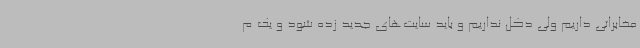
مخابراتی داریم ولی دکل نداریم و باید سایت‌های جدید زده شود و یک م